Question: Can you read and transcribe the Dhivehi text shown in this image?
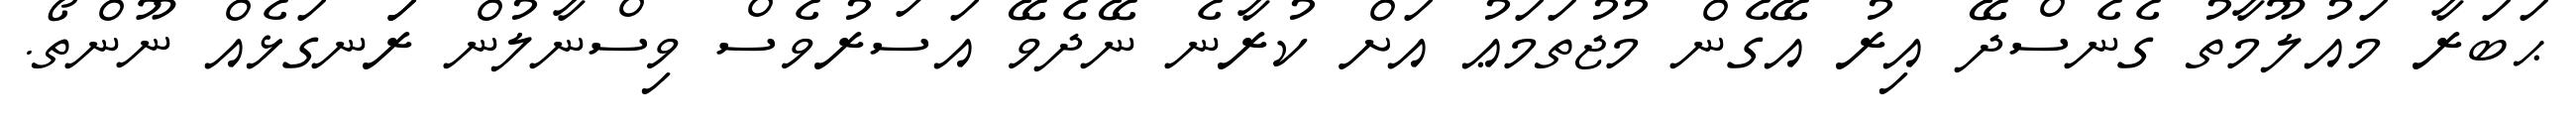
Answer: ޙަބަރާ މައުލޫމާތު ގެނެސްދޭ އިރު އޭގެން މުޖުތަމަޢު އަށް ކުރާނެ ނޭދެވޭ އަސަރުވެސް ވިސްނާލުން ރަަނގަޅެއް ނޫންތޯ.